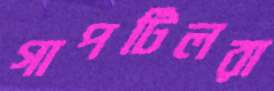
গাপটিলরা